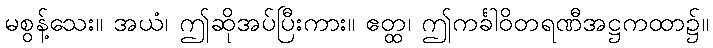
မစွန့်သေး။ အယံ၊ ဤဆိုအပ်ပြီးကား။ ဧတ္ထ၊ ဤကင်္ခါဝိတရဏီအဋ္ဌကထာ၌။